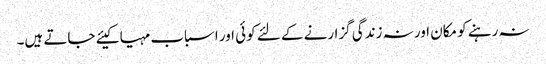
نہ رہنے کو مکان اور نہ زندگی گزارنے کے لئے کوئی اور اسباب مہیا کیئے جاتے ہیں۔